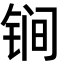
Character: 锏